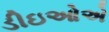
ડીઇઓએ